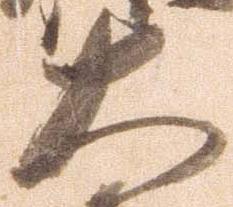
大